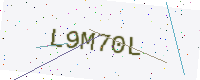
Text: L9M70L